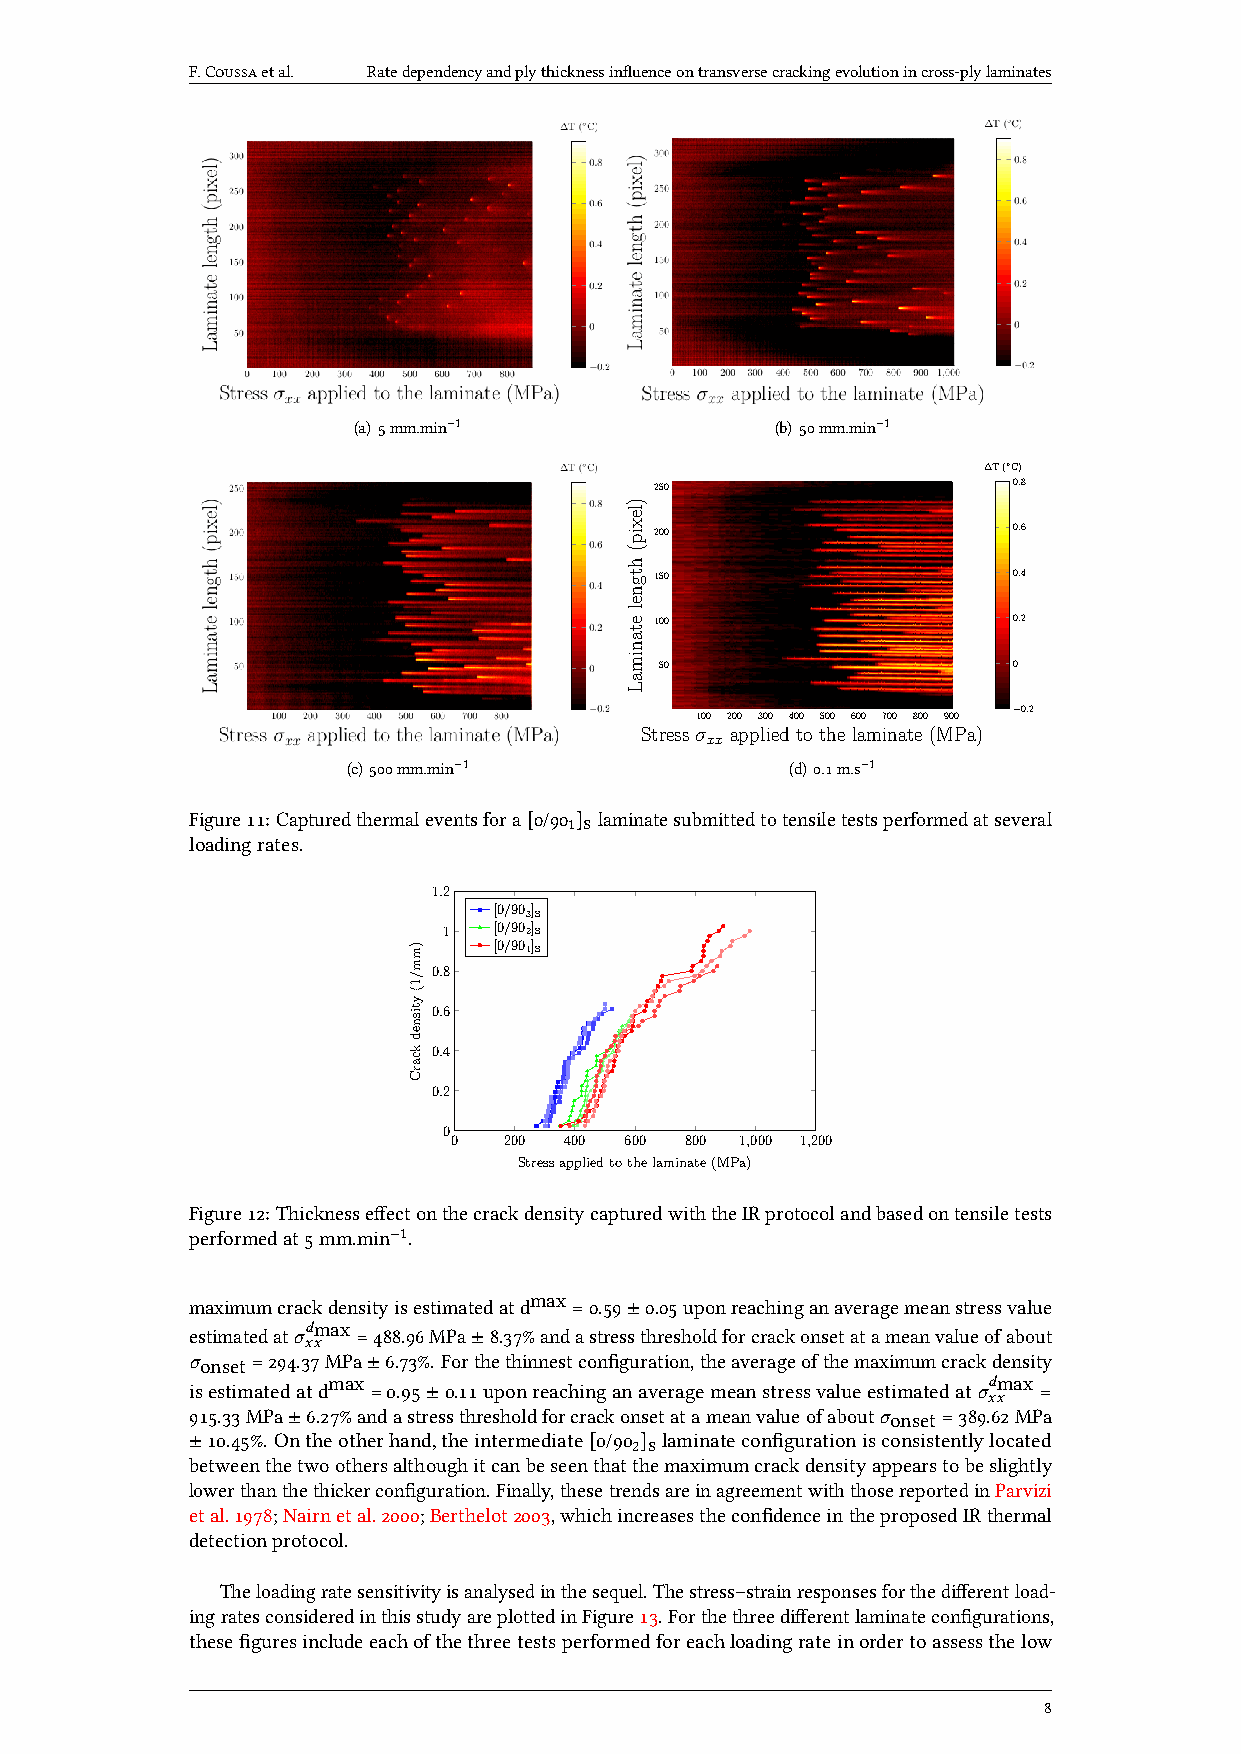
F.Coussaetal. Ratedependencyandplythicknessinfluenceontransversecrackingevolutionincross-plylaminates
 (a) 5mm.min−1               (b) 50mm.min−1
 ∆T(◦C)
 250                     0.8
 200                     0.6
 150                     0.4
 100                     0.2
 50                     0
 0.2
 100 200 300 400 500 600 700 800 900 −
 Stressσ appliedtothelaminate(MPa)
 xx
 (c) 500mm.min−1              (d) 0.1m.s−1
 Figure11:Capturedthermaleventsfora[0/90 1]s laminatesubmittedtotensiletestsperformedatseveral
 loadingrates.
 1.2
 [0/903]s
 1   [0/902]s
 [0/901]s
 0.8
 0.6
 0.4
 0.2
 0
 0  200 400 600 800 1,000 1,200
 Stressappliedtothelaminate(MPa)
 Figure12:ThicknesseffectonthecrackdensitycapturedwiththeIRprotocolandbasedontensiletests
 performedat5mm.min−1.
 max
 maximumcrackdensityisestimatedatd =0.59±0.05uponreachinganaveragemeanstressvalue
 estimatedat𝜎𝑑max
 =488.96MPa±8.37%andastressthresholdforcrackonsetatameanvalueofabout
 𝑥𝑥
 𝜎onset=294.37MPa±6.73%.Forthethinnestconfiguration,theaverageofthemaximumcrackdensity
 isestimatedatdmax =0.95±0.11uponreachinganaveragemeanstressvalueestimatedat𝜎𝑑max
 =
 𝑥𝑥
 915.33MPa±6.27%andastressthresholdforcrackonsetatameanvalueofabout𝜎onset=389.62MPa
 ±10.45%.Ontheotherhand,theintermediate[0/90 2]slaminateconfigurationisconsistentlylocated
 betweenthetwoothersalthoughitcanbeseenthatthemaximumcrackdensityappearstobeslightly
 lowerthanthethickerconfiguration.Finally,thesetrendsareinagreementwiththosereportedinParvizi
 etal.1978;Nairnetal.2000;Berthelot2003,whichincreasestheconfidenceintheproposedIRthermal
 detectionprotocol.
 Theloadingratesensitivityisanalysedinthesequel.Thestress–strainresponsesforthedifferentload-
 ingratesconsideredinthisstudyareplottedinFigure13.Forthethreedifferentlaminateconfigurations,
 thesefiguresincludeeachofthethreetestsperformedforeachloadingrateinordertoassessthelow
 8
 )mm/1(ytisnedkcarC
 )lexip(htgneletanimaL